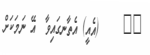
١٨     (އެއީ) އެތާނގައިވާ  އޭ ނަމަކަށް